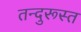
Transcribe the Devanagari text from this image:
तन्दुरूस्त